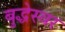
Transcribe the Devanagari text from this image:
बुद्धेस्वर